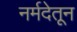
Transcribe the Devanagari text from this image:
नर्मदेतून